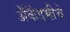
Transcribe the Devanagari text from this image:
अॅकॅडमीचे